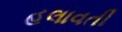
હલાવતી